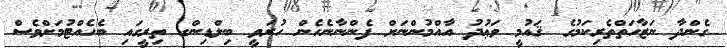
ގެންދާ ނަޒާހަތްތެރިކަމުގެ ޤައުމީ ވަޢުދު އާއްމުންނަށް ފެންނާނެހެން ހުރަވީ ބިލްޑިންގ ތިރީގައި ބެހެއްޓުމަށްވެސް